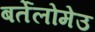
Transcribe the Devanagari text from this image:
बर्तेलोमेउ